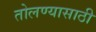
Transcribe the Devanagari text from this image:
तोलण्यासाठी